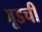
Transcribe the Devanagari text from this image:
भूडची